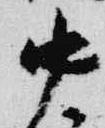
中